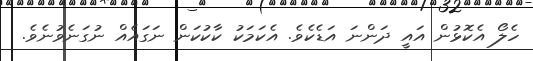
ހެލޯ އެކޮޅުން އައީ ދަންނަ އަޑެކެވެ. އެކަމަކު ކާކުކަން ނަގައެއް ނުގަނެވުނެވެ.